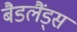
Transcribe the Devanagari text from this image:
बैडलैंड्स